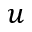
u